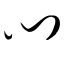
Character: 门